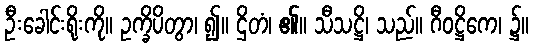
ဦးခေါင်းရိုးကို။ ဥက္ခိပိတွာ၊ ၍။ ဌိတံ၊ ၏။ သီသဋ္ဌိ၊ သည်။ ဂီဝဋ္ဌိကေ၊ ၌။